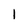
Character: I